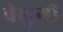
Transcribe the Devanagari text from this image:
बेलुगी